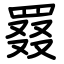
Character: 罬